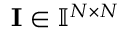
\mathbf { I } \in \mathbb { I } ^ { \ensuremath { N } \times \ensuremath { N } }